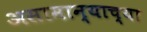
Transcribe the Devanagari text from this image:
असामान्याच्या